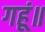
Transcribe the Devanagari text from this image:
गहूं॥